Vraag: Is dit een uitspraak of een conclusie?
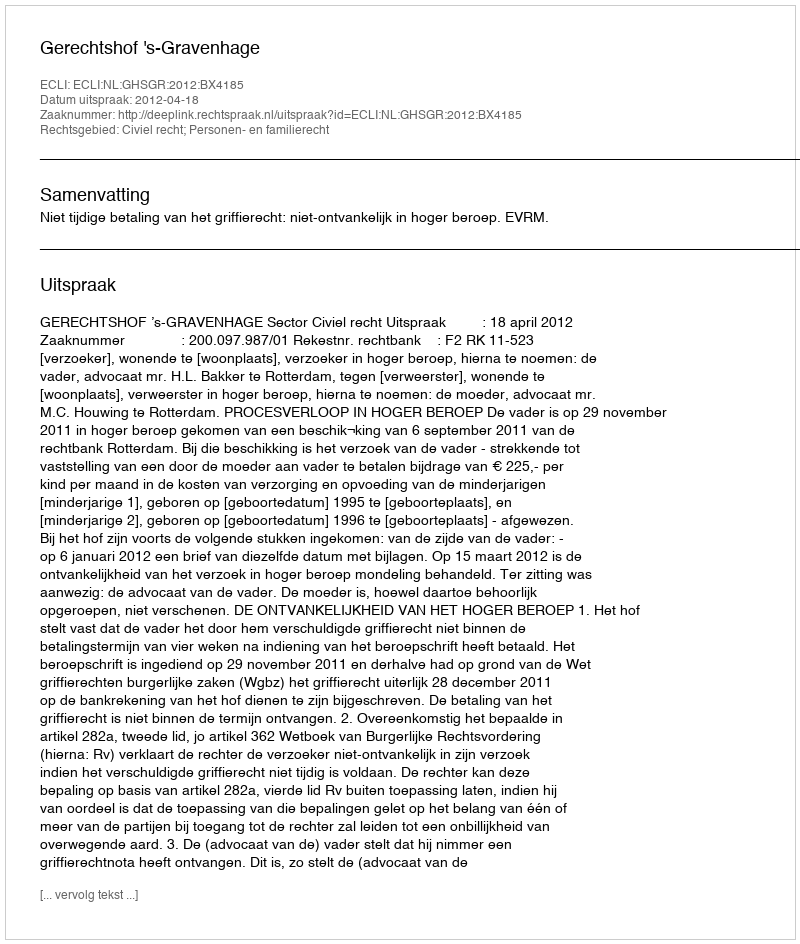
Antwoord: Uitspraak